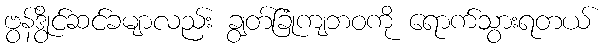
ဗွန်ဒွိုင်ဆင်ခမျာလည်း ချွတ်ခြုံကျဘဝကို ရောက်သွားရတယ်